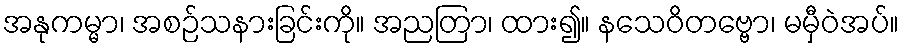
အနုကမ္မာ၊ အစဉ်သနားခြင်းကို။ အညတြာ၊ ထား၍။ နသေဝိတဗ္ဗော၊ မမှီဝဲအပ်။